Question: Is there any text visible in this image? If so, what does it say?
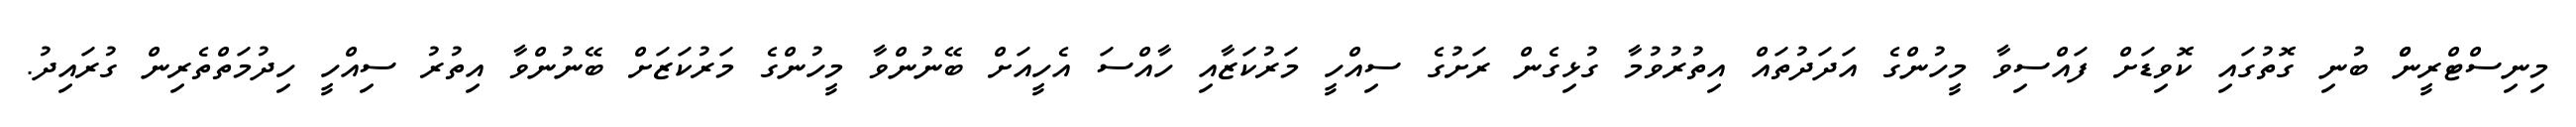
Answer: މިނިސްޓްރީންް ބުނި ގޮތުގައި ކޮވިޑަށް ފައްސިވާ މީހުންގެ އަދަދުތައް އިތުރުވުމާ ގުޅިގެން ރަށުގެ ސިއްހީ މަރުކަޒާއި ހާއްސަ އެހީއަށް ބޭނުންވާ މީހުންގެ މަރުކަޒަށް ބޭނުންވާ އިތުރު ސިއްހީ ހިދުމަތްތެރިން ގުރައިދު.